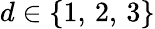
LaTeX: d\in\{ 1,\, 2,\, 3\}